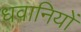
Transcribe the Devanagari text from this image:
धवानियों